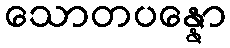
သောတပန္နော